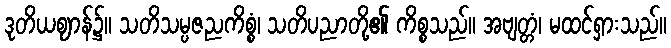
ဒုတိယဈာန်၌။ သတိသမ္ပဇညကိစ္စံ၊ သတိပညာတို့၏ ကိစ္စသည်။ အဗျတ္တံ၊ မထင်ရှားသည်။